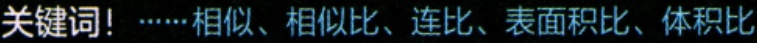
关键词！……相似、相似比、连比、表面积比、体积比